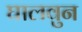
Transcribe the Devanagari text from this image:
घालवुन